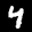
Label: 4